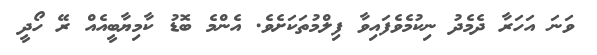
ވަނަ އަހަރާ ދެމެދު ނިކުމެވެފައިވާ ފިލްމުތަކަށެވެ. އެންމެ ބޮޑު ކާމިޔާބީއެއް ރޭ ހޯދީ